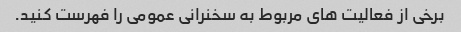
برخی از فعالیت های مربوط به سخنرانی عمومی را فهرست کنید.